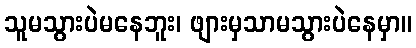
သူမသွားပဲမနေဘူး၊ ဖျားမှသာမသွားပဲနေမှာ။